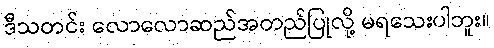
ဒီသတင်း လောလောဆည်အတည်ပြုလို့ မရသေးပါဘူး။